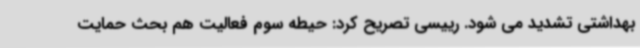
بهداشتی تشدید می شود. رییسی تصریح کرد: حیطه سوم فعالیت هم بحث حمایت